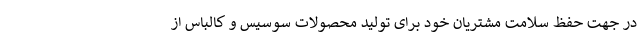
در جهت حفظ سلامت مشتریان خود برای تولید محصولات سوسیس و کالباس از